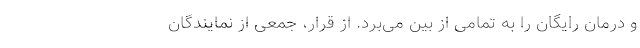
و درمان رایگان را به تمامی از بین می‌برد. از قرار، جمعی از نمایندگان